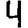
Digit: 4